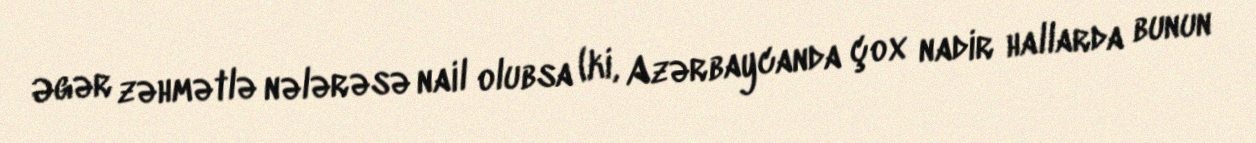
Əgər zəhmətlə nələrəsə nail olubsa (ki, Azərbaycanda çox nadir hallarda bunun